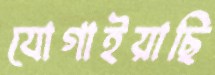
যোগাইয়াছি